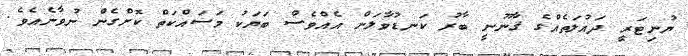
ޔުނިޓަރީ ދައުލަތެއްގެ ޤާނޫނީ ބާރު ކަނޑުވާލަން އެއްވެސް ބަޔަކު މަސައްކަތް ކޮށްގެން ނުވާނެއެވެ.